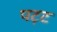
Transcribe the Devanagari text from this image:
पट़ट